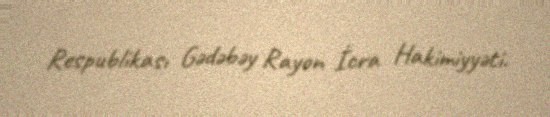
Respublikası Gədəbəy Rayon İcra Hakimiyyəti.